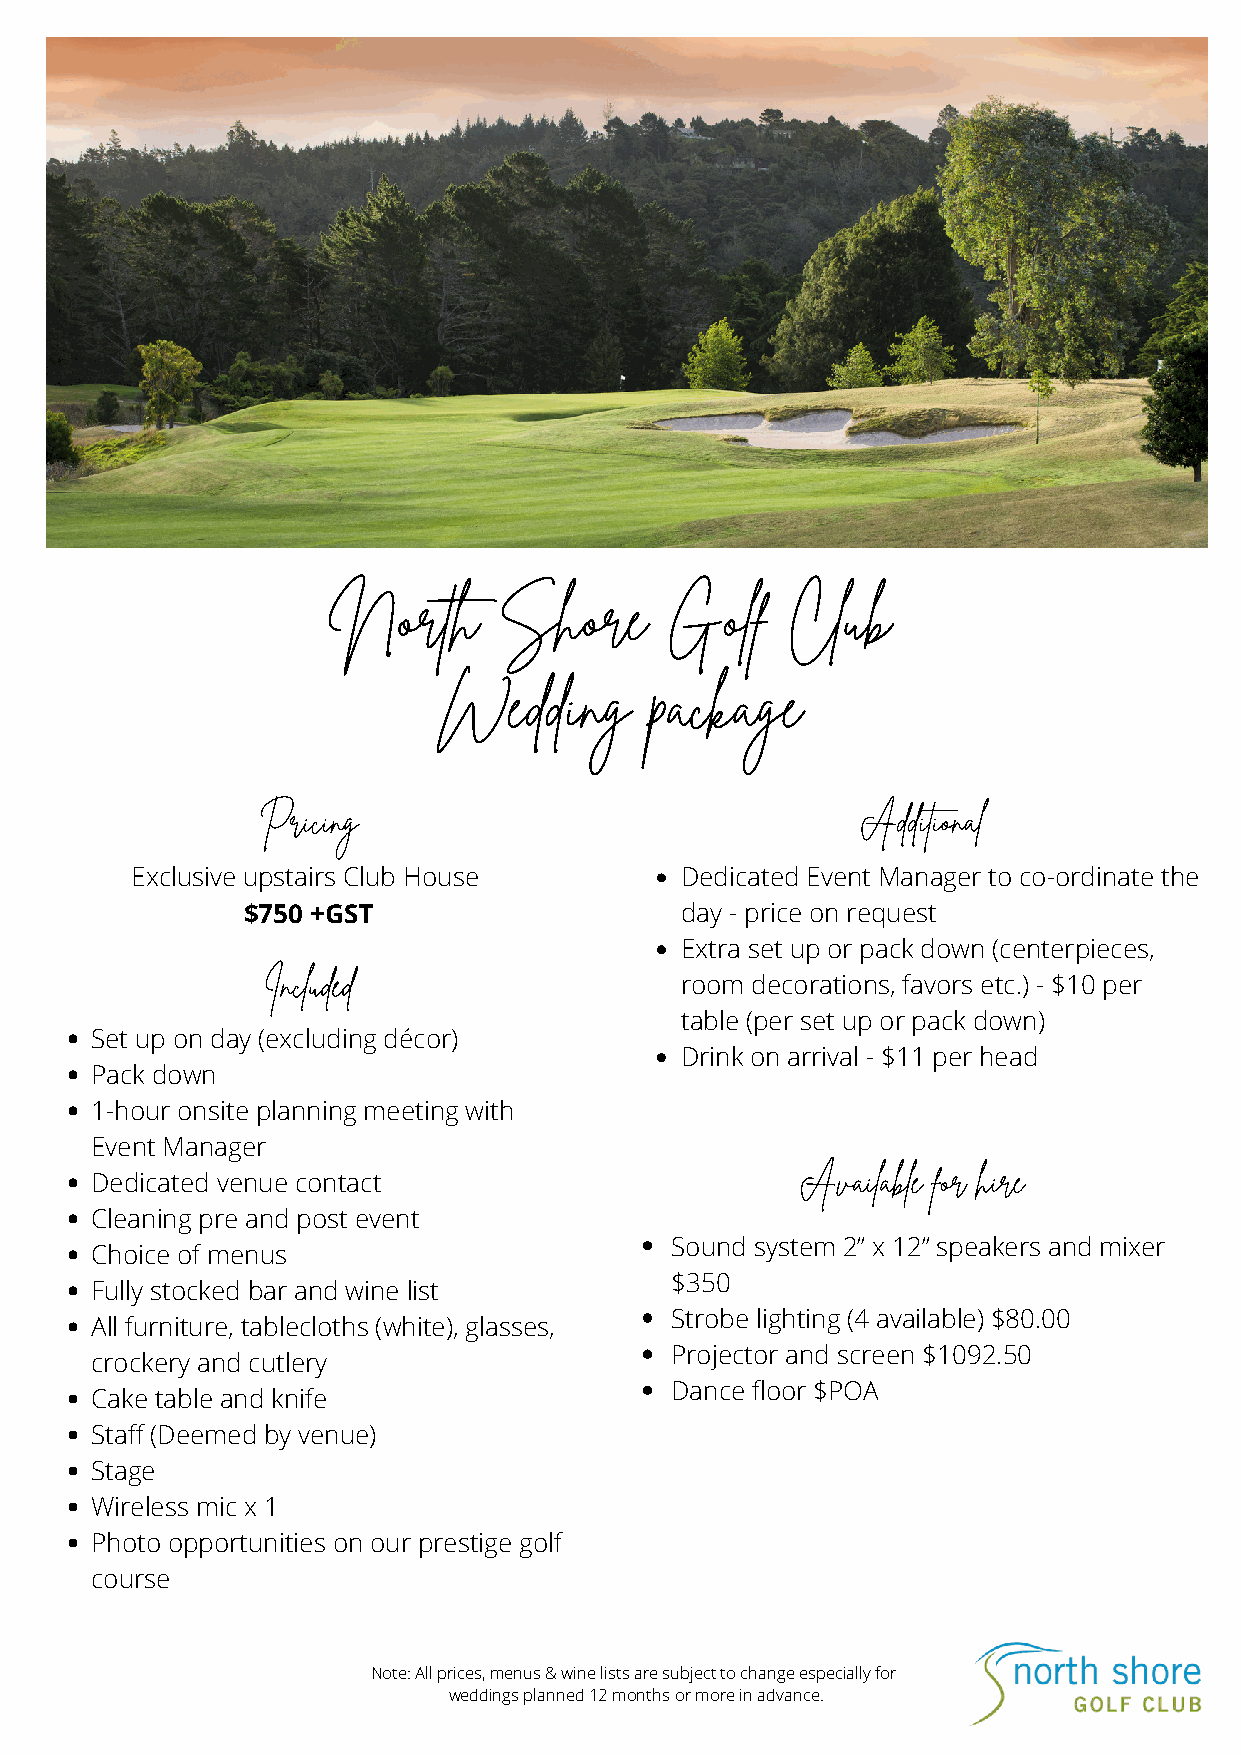
North      Shore      Golf    Club
 Wedding       package
 Pricing                                 Additional
 Exclusive upstairs Club House       Dedicated Event Manager to co-ordinate the
 $750 +GST                    day - price on request
 Extra set up or pack down (centerpieces,
 Included
 room decorations, favors etc.) - $10 per
 table (per set up or pack down)
 Set up on day (excluding décor)
 Drink on arrival - $11 per head
 Pack down
 1-hour onsite planning meeting with
 Event Manager
 Available for hire
 Dedicated venue contact
 Cleaning pre and post event
 Sound system 2” x 12” speakers and mixer
 Choice of menus
 $350
 Fully stocked bar and wine list
 Strobe lighting (4 available) $80.00
 All furniture, tablecloths (white), glasses,
 Projector and screen $1092.50
 crockery and cutlery
 Dance floor $POA
 Cake table and knife
 Staff (Deemed by venue)
 Stage
 Wireless mic x 1
 Photo opportunities on our prestige golf
 course
 Note: All prices, menus & wine lists are subject to change especially for
 weddings planned 12 months or more in advance.